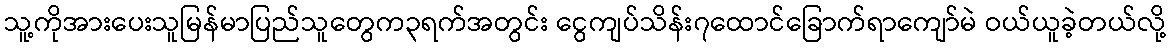
သူ့ကိုအားပေးသူမြန်မာပြည်သူတွေက၃ရက်အတွင်း ငွေကျပ်သိန်း၇ထောင်ခြောက်ရာကျော်မဲ ဝယ်ယူခဲ့တယ်လို့